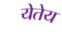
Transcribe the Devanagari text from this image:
येतेय